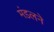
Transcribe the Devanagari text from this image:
मंडलने